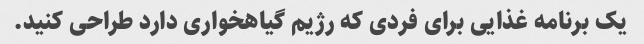
یک برنامه غذایی برای فردی که رژیم گیاهخواری دارد طراحی کنید.